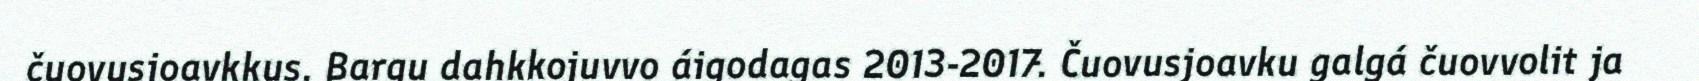
čuovusjoavkkus. Bargu dahkkojuvvo áigodagas 2013-2017. Čuovusjoavku galgá čuovvolit ja